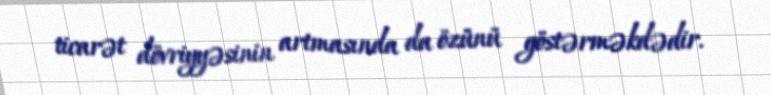
ticarət dövriyyəsinin artmasında da özünü göstərməkdədir.